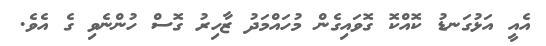
އެއީ އަޅުގަނޑު ކޮއްކޮ ގޮވައިގެން މުހައްމަދު ޒާހިރު ގޮސް ހުންނެވި ގެ އެވެ.